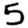
Digit: 5